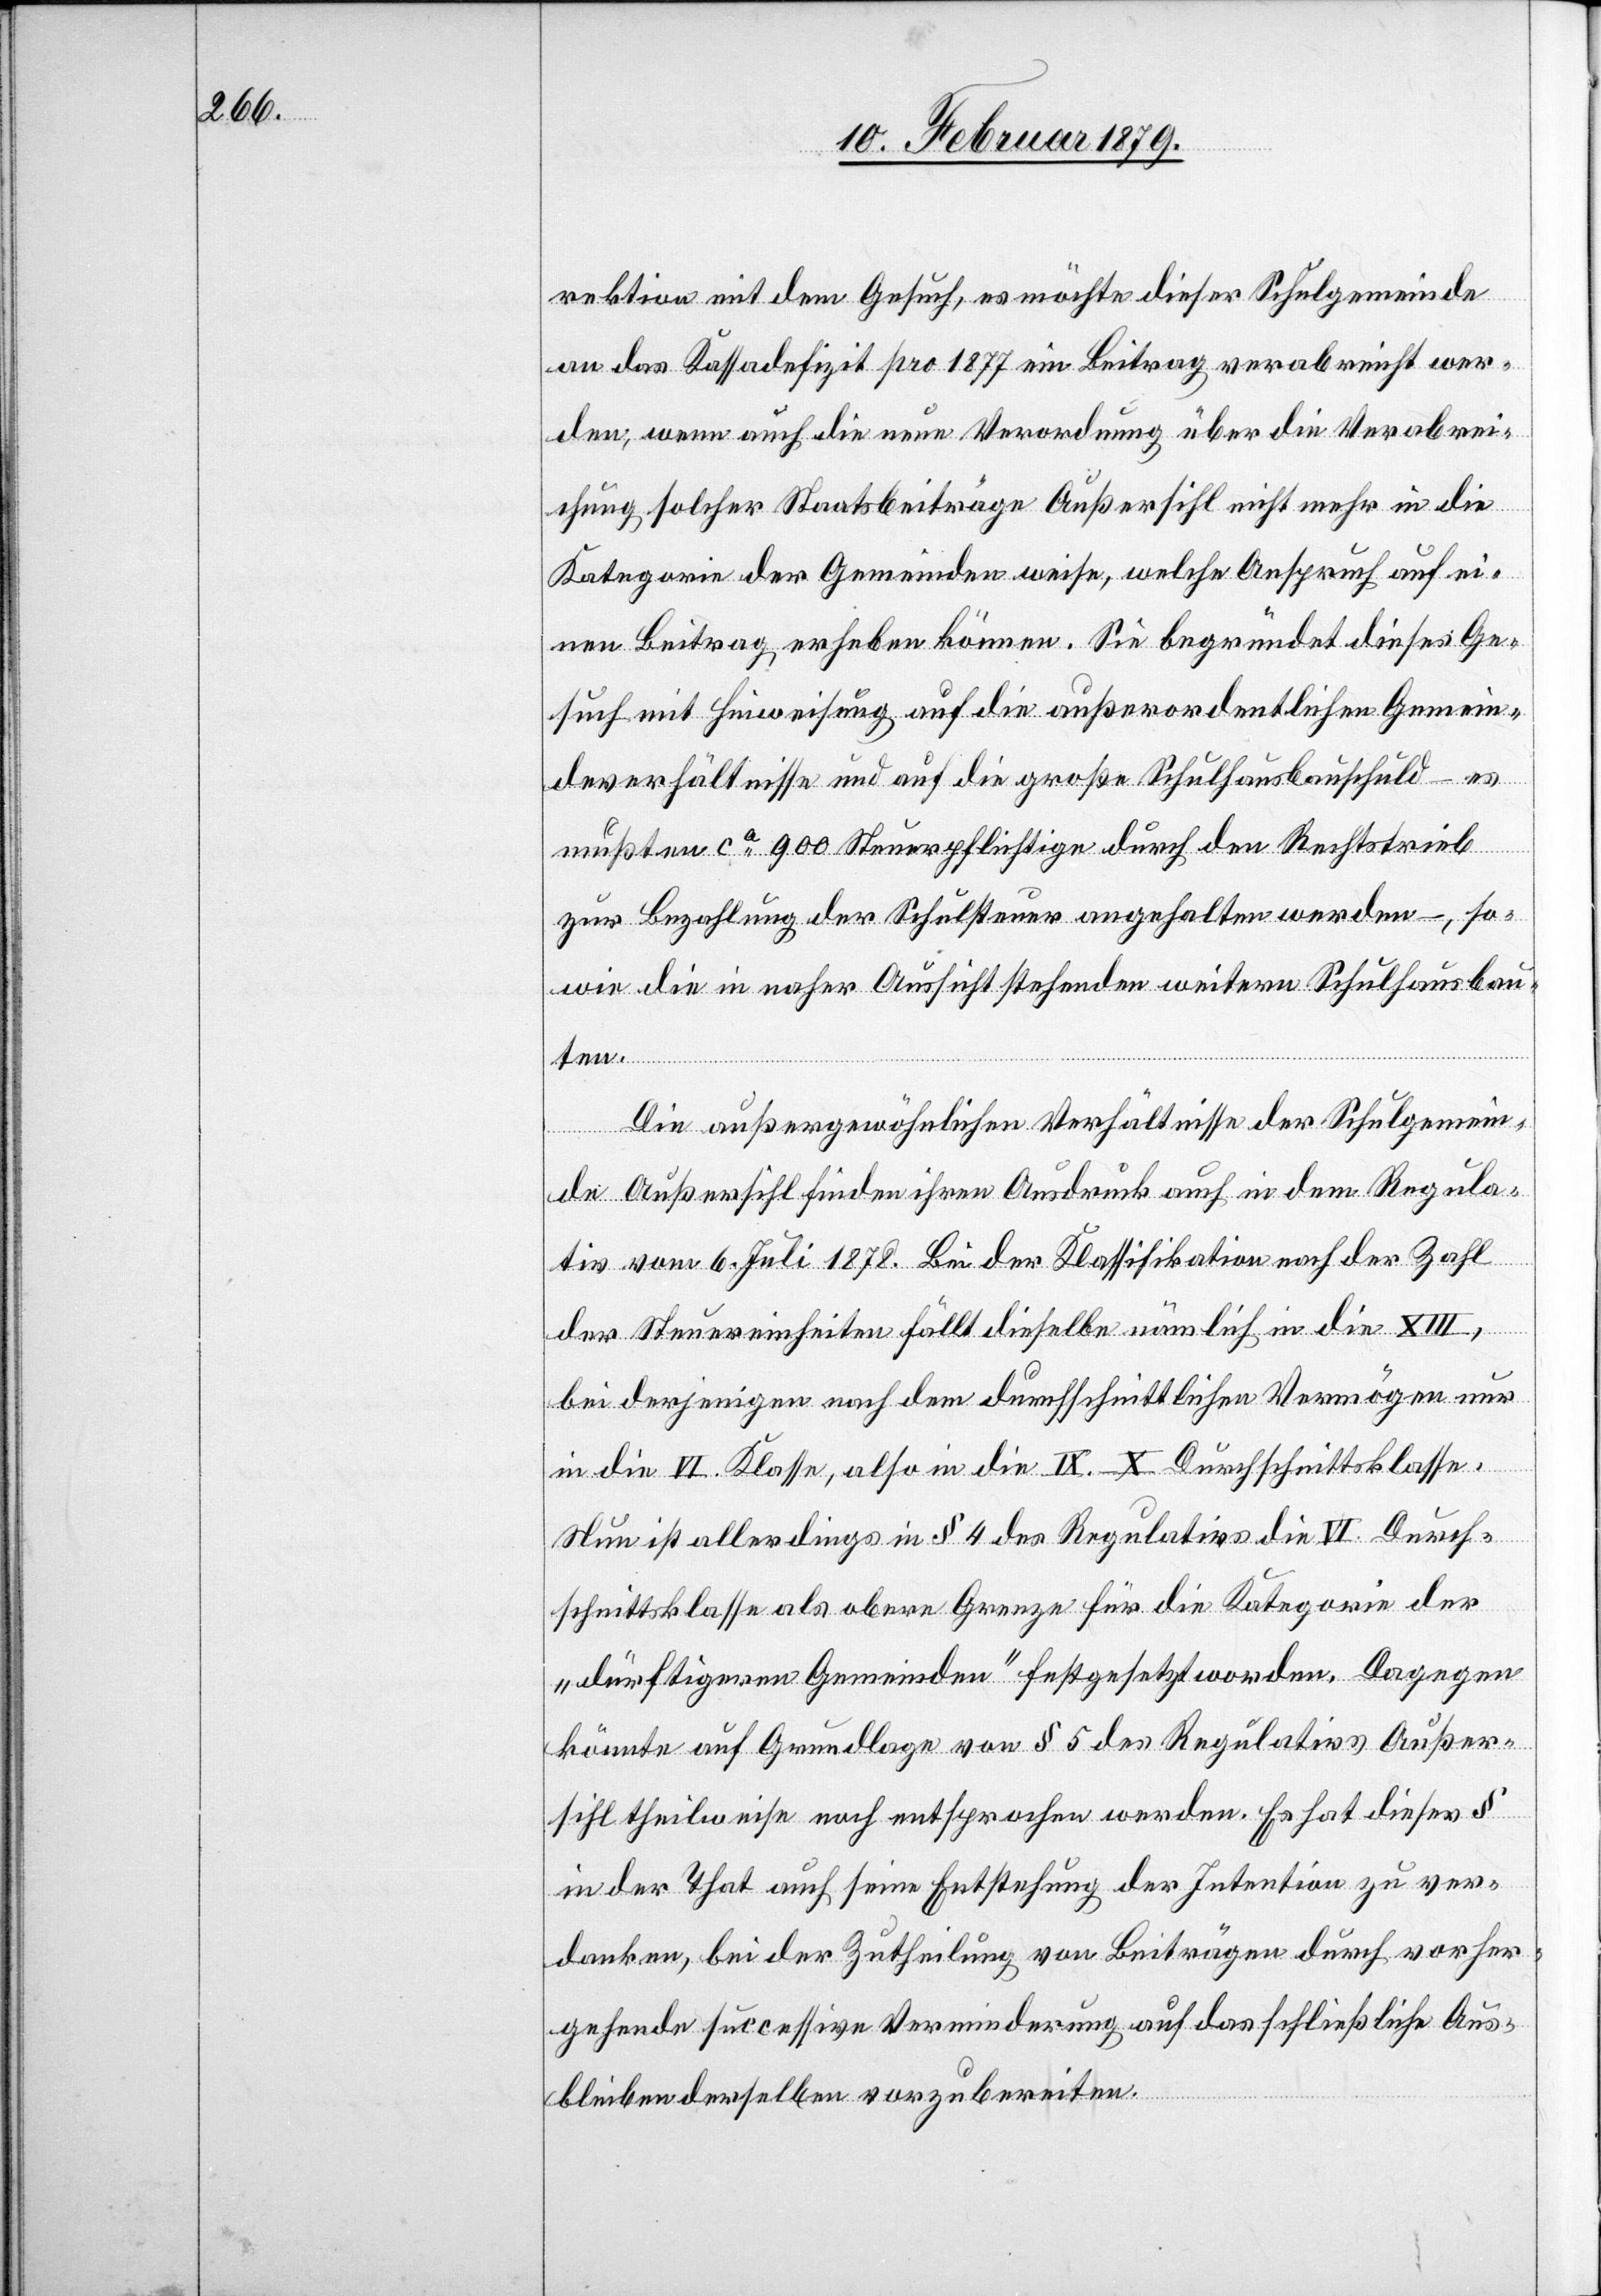
rektion mit dem Gesuch, es möchte dieser Schulgemeinde
an das Kassadefizit pro 1877 ein Beitrag verabreicht wer¬
den, wenn auch die neue Verordnung über die Verabrei¬
chung solcher Staatsbeiträge Außersihl nicht mehr in die
Kategorie Gemeinden weise, welche Anspruch auf ei¬
nen Beitrag erheben können. Sie begründet dieses Ge¬
such mit Hinweisung auf die außerordentlichen Gemein¬
deverhältnisse und auf die große Schulhausbauschuld – es
mußten ca 900 Steuerpflichtige durch den Rechtstrieb
zur Bezahlung der Schulsteuer angehalten werden – , so¬
wie die in naher Aussicht stehenden weitern Schulhausbau¬
ten.
Die außergewöhnlichen Verhältnisse der Schulgemein¬
de Außersihl finden ihren Ausdruck auch in dem Regula¬
tiv vom 6. Juli 1878. Bei der Klassifikation nach der Zahl
der Steuereinheiten fällt dieselbe nämlich an die XIII.,
bei derjenigen nach dem durchschnittlichen Vermögen nur
in die VI. Klasse, also in die IX.–X. Durchschnittsklasse.
Nun ist allerdings in § 4 des Regulativs die VI. Durch¬
schnittsklasse als obere Grenze für die Kategorie der
„dürftigen Gemeinden“ festgesetzt worden. Dagegen
könnte auf Grundlage von § 5 des Regulativs Außer¬
sihl theilweise noch entsprochen werden. Es hat dieser §
in der That auch seine Entstehung der Intention zu ver¬
danken, bei der Zutheilung von Beiträgen durch vorher¬
gehende successive Verminderung auf das schließliche Aus¬
bleiben derselben vorzubereiten.